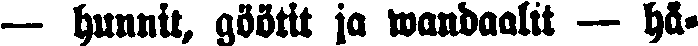
— hunnit, göötit ja wandaalit — hä-